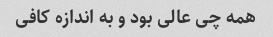
همه چی عالی بود و به اندازه کافی